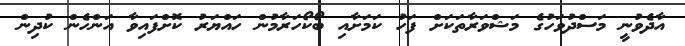
އާދެވުނީ މަސްދުވަހުގެ މަޝްވަރާތަކަށް ފަހު ކަމަށާއި ބޯކޯހަރާމުން ހައްޔަރު ކޮށްފައިވާ އަންހެން ކުދިން